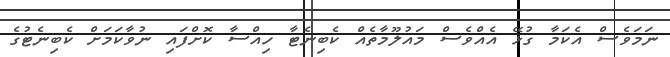
ނަމަވެސް އެކަމާ ގުޅޭ އެއްވެސް މައުލޫމާތެއް ކެބިނެޓާ ހިއްސާ ކޮށްފައި ނުވާކަމަށް ކެބިނެޓުގެ